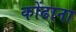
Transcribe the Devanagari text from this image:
कोंढाना